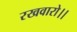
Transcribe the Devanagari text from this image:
रखवारो।।